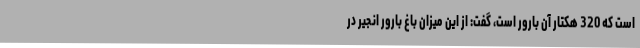
است که 320 هکتار آن بارور است، گفت: از این میزان باغ بارور انجیر در